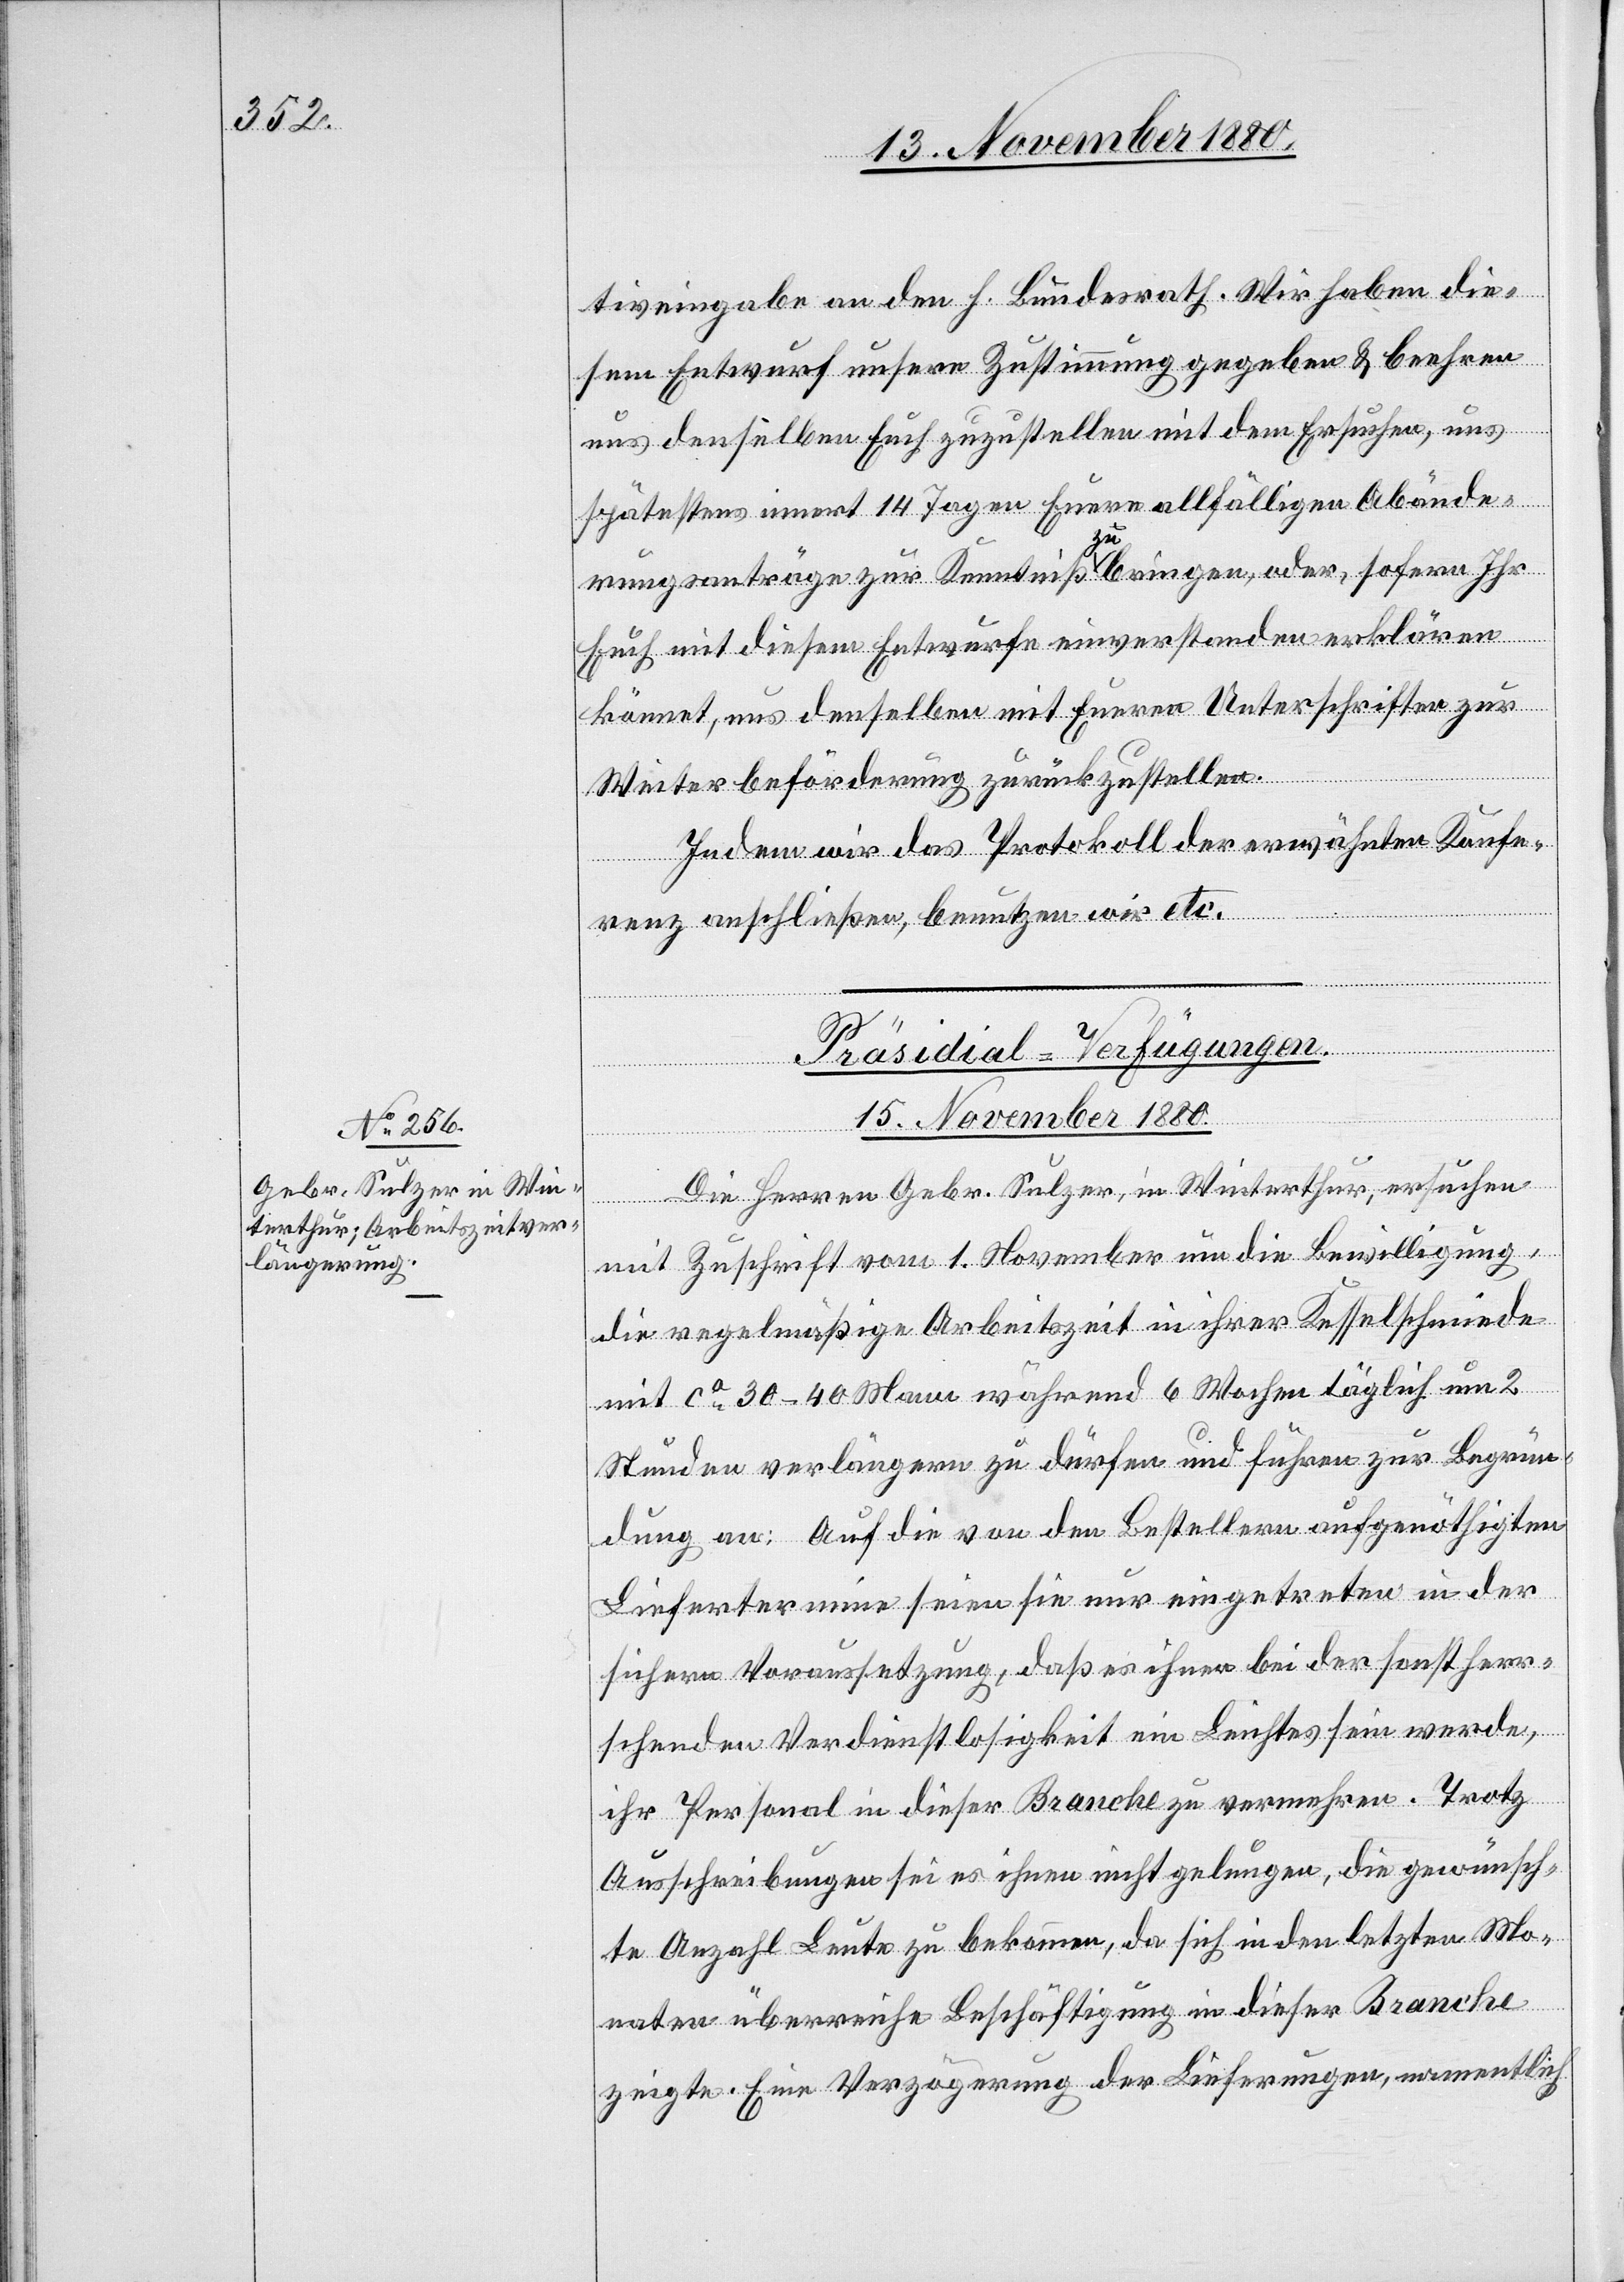
tiveingaben an den h. Bundesrath. Wir haben die¬
sem Entwurf unsere Zustimmung gegeben & beehren
uns denselben Euch zuzustellen mit dem Ersuchen, uns
spätestens innert 14 Tagen Euere allfälligen Abände¬
rungsanträge zur Kenntniß zu bringen, oder, sofern Ihr
Euch mit diesem Entwurfe einverstanden erklären
könnet, uns denselben mit Eueren Unterschriften zur
Weiterbeförderung zurückzustellen.
Indem wir das Protokoll der erwähnten Konfe¬
renz anschließen, benutzen wir etc.“
Präsidial-Verfügungen.
15. November 1880.
Die Herren Gebr. Sulzer, in Winterthur, ersuchen
mit Zuschrift vom 1. November um die Bewilligung,
die regelmäßige Arbeitszeit in ihrer Kesselschmiede
mit ca 30–40 Mann während 6 Wochen täglich um 2
Stunden verlängern zu dürfen und führen zur Begrün¬
dung an: Auf die von den Bestellern aufgenöthigten
Liefertermine seien sie nur eingetreten in der
sichern Voraussetzung, daß es ihnen bei der sonst herr¬
schenden Verdienstlosigkeit ein Leichtes sein werde,
ihr Personal in dieser Branche zu vermehren. Trotz
Ausschreibungen sei es ihnen nicht gelungen, die gewünsch¬
te Anzahl Leute zu bekommen, da sich in den letzten Mo¬
naten überreiche Beschäftigung in dieser Branche
zeigte. Eine Verzögerung der Lieferungen, namentlich